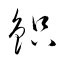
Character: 鉙